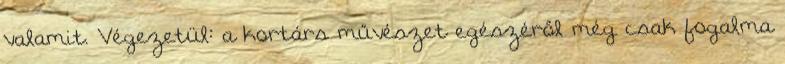
valamit. Végezetül: a kortárs művészet egészéről még csak fogalma